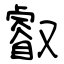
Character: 叡